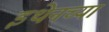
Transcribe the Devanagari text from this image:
इथेनच्या